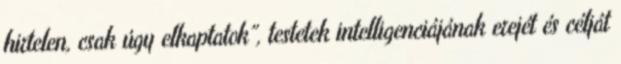
hirtelen, csak úgy elkaptatok”, testetek intelligenciájának erejét és célját